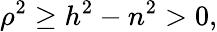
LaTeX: \rho^{2}\geq h^{2}-n^{2}>0,